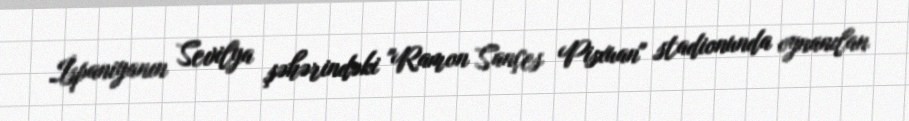
İspaniyanın Sevilya şəhərindəki "Ramon Sançes Pisxuan" stadionunda oynanılan